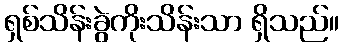
ရှစ်သိန်းခွဲကိုးသိန်းသာ ရှိသည်။